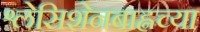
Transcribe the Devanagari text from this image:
श्लेसिशेनबाह्नच्या